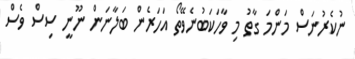
ނުކެރުނަސް މަންމަ ގާތު މި ވާހަކަބުނެވޭތޯ އަހަރެން ބަލާނަން ނޫނީ ސިސް ވެސް